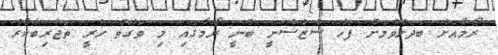
ރޯމާއަށް ބަދަލުވުމަށް ފަހު ސެޒެސްނީ ބުނީ ރޯމާގައި މި ވަގުތު ހުރީ ތަޖުރިބާކާރު